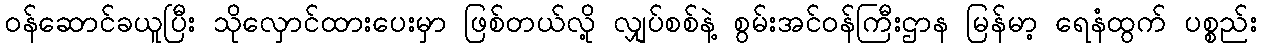
ဝန်ဆောင်ခယူပြီး သိုလှောင်ထားပေးမှာ ဖြစ်တယ်လို့ လျှပ်စစ်နဲ့ စွမ်းအင်ဝန်ကြီးဌာန မြန်မာ့ ရေနံထွက် ပစ္စည်း